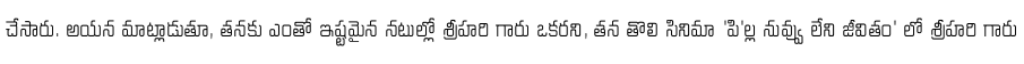
చేసారు. అయన మాట్లాడుతూ, తనకు ఎంతో ఇష్టమైన నటుల్లో శ్రీహరి గారు ఒకరని, తన తొలి సినిమా 'పి'ల్ల నువ్వు లేని జీవితం' లో శ్రీహరి గారు